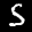
Label: 5